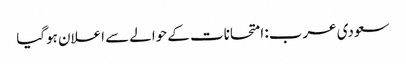
سعودی عرب: امتحانات کے حوالے سے اعلان ہوگیا